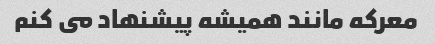
معرکه مانند همیشه پیشنهاد مى کنم